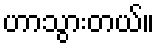
ဟာသွားတယ်။